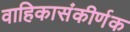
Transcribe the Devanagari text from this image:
वाहिकासंकीर्णक